Note on the mental hospitals in Burma - 1925-1940
Year: 1925
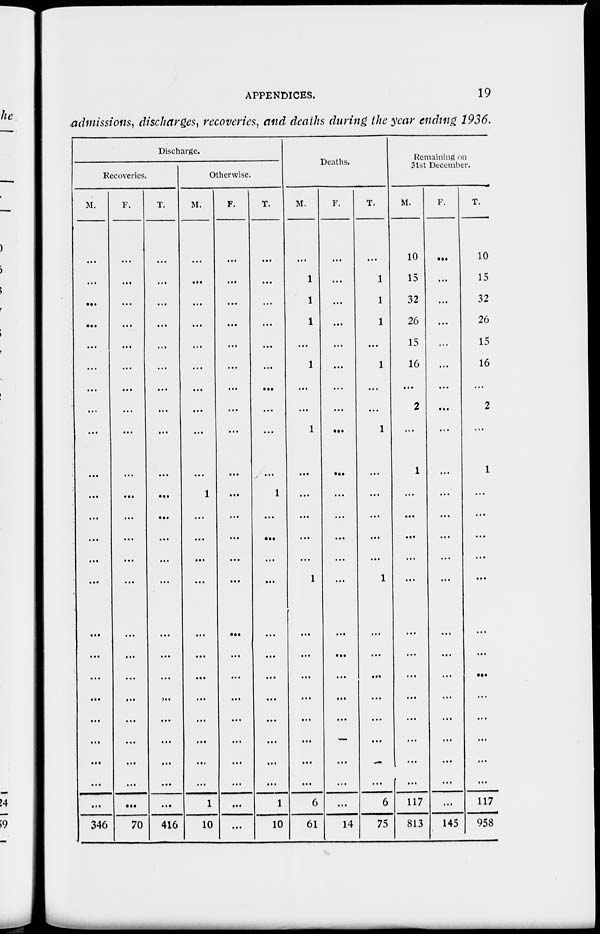
APPENDICES.
19
admissions, discharges, recoveries, and deaths during the year ending 1936.
Discharge.
Recoveries.
M.
...
...
...
...
...
...
...
...
...
...
...
...
...
...
...
...
...
...
...
...
...
...
...
...
346
F.
...
...
...
...
. . .
...
...
...
...
...
...
...
...
...
...
...
...
...
...
...
...
...
...
...
70
T.
...
...
...
...
...
...
...
...
...
...
...
...
...
...
...
...
...
...
...
...
...
...
...
...
416
Otherwise.
M.
...
...
...
...
...
...
...
...
...
...
1
...
...
...
...
...
...
...
...
...
...
...
...
1
10
F.
...
...
...
...
...
...
...
...
...
...
...
...
...
...
...
...
...
...
...
...
...
...
...
...
...
T.
...
...
...
...
...
...
...
...
...
...
1
...
...
...
...
...
...
...
...
...
...
...
...
1
10
Deaths.
M.
...
1
1
1
...
1
...
...
1
...
...
...
...
...
1
...
...
...
...
...
...
...
...
6
61
F.
...
...
...
...
...
...
...
...
...
...
...
...
...
...
...
...
...
...
...
...
...
...
...
...
14
T.
...
1
1
1
...
1
...
...
1
...
...
1
...
...
...
...
...
...
...
...
6
75
Remaining on
31st December.
M.
10
15
32
26
15
16
...
2
...
1
...
...
...
...
...
...
...
...
...
...
...
...
...
117
813
F.
...
...
...
...
...
...
...
...
...
...
...
...
...
...
...
...
...
...
...
...
...
...
...
...
145
T.
10
15
32
26
15
16
...
2
...
1
...
...
...
...
...
...
...
...
...
...
...
...
...
117
958